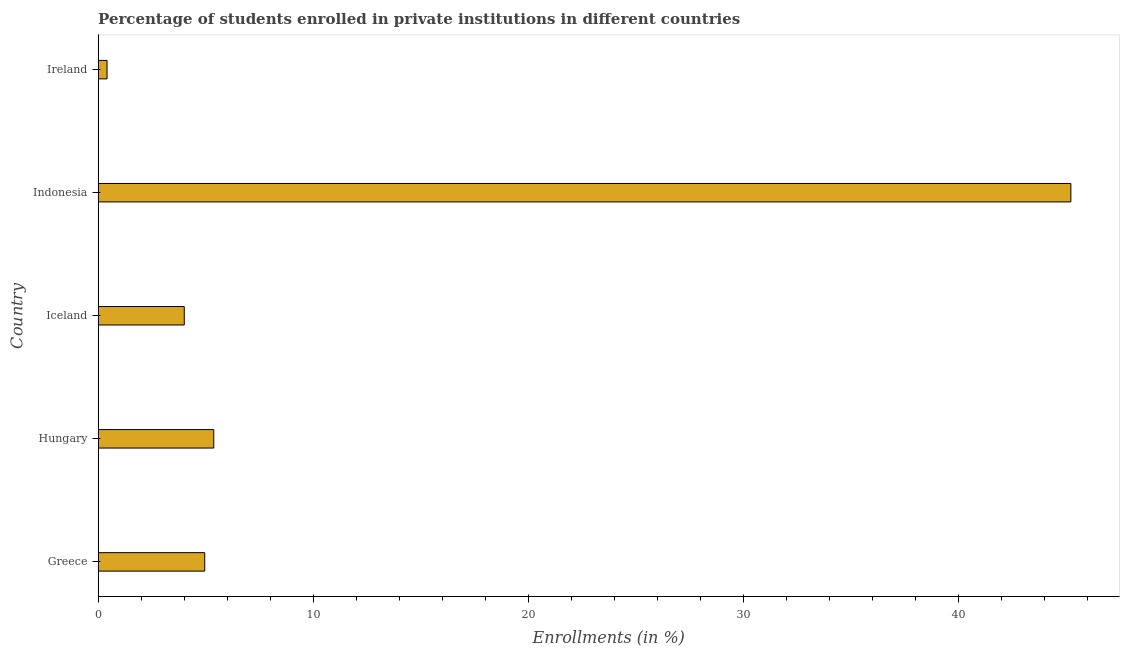
| Country | Enrollments |
 | --- | --- |
 | Greece | 4.95 |
 | Hungary | 5.37 |
 | Iceland | 4 |
 | Indonesia | 45.2 |
 | Ireland | 0.414 |